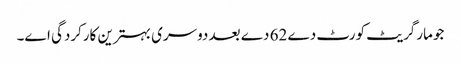
جو مارگریٹ کورٹ دے 62 دے بعد دوسری بہترین کارکردگی ا‏‏ے۔